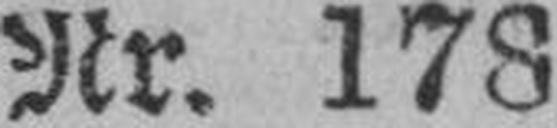
Nr. 178